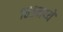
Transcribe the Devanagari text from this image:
१६५मध्ये